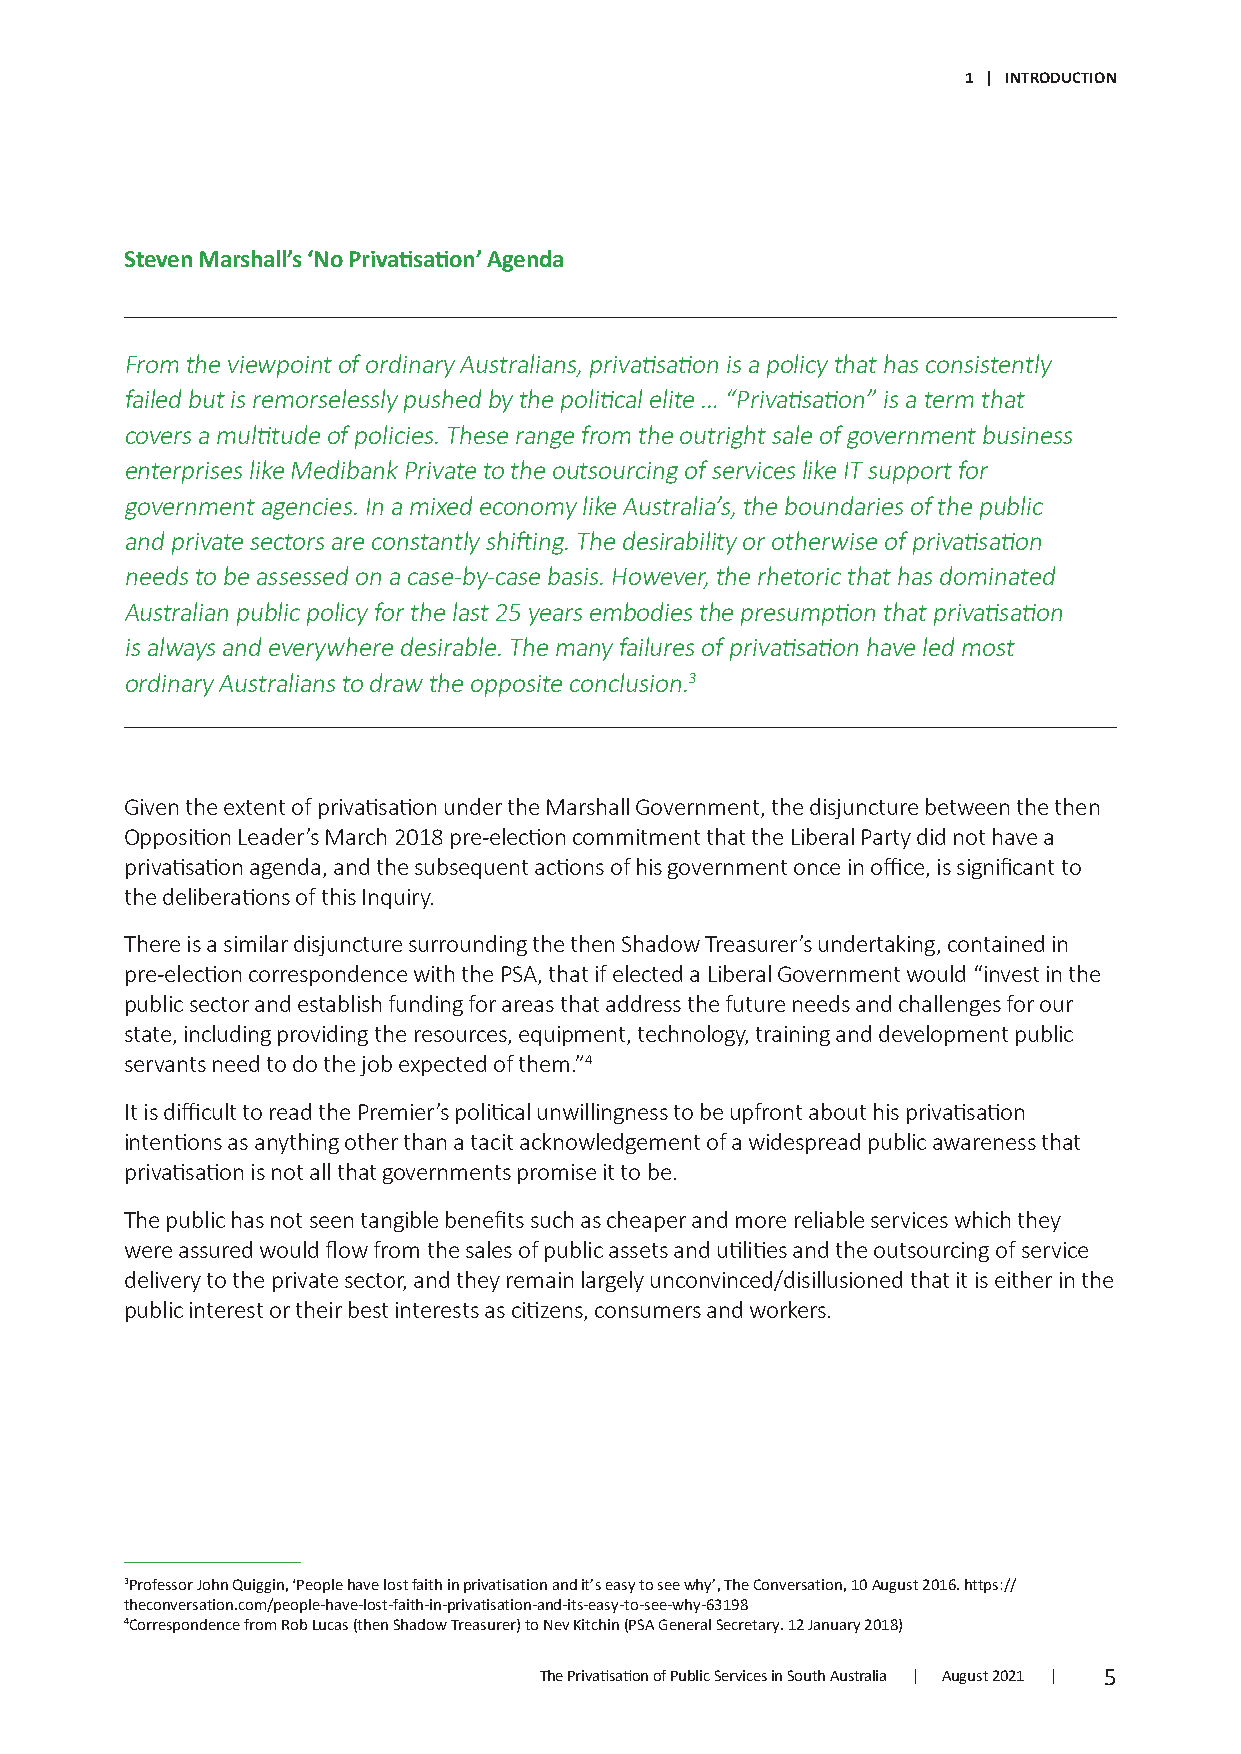
1 | INTRODUCTION
 Steven Marshall’s ‘No Privatisation’ Agenda
 From the viewpoint of ordinary Australians, privatisation is a policy that has consistently
 failed but is remorselessly pushed by the political elite … “Privatisation” is a term that
 covers a multitude of policies. These range from the outright sale of government business
 enterprises like Medibank Private to the outsourcing of services like IT support for
 government agencies. In a mixed economy like Australia’s, the boundaries of the public
 and private sectors are constantly shifting. The desirability or otherwise of privatisation
 needs to be assessed on a case-by-case basis. However, the rhetoric that has dominated
 Australian public policy for the last 25 years embodies the presumption that privatisation
 is always and everywhere desirable. The many failures of privatisation have led most
 ordinary Australians to draw the opposite conclusion.3
 Given the extent of privatisation under the Marshall Government, the disjuncture between the then
 Opposition Leader’s March 2018 pre-election commitment that the Liberal Party did not have a
 privatisation agenda, and the subsequent actions of his government once in office, is significant to
 the deliberations of this Inquiry.
 There is a similar disjuncture surrounding the then Shadow Treasurer’s undertaking, contained in
 pre-election correspondence with the PSA, that if elected a Liberal Government would “invest in the
 public sector and establish funding for areas that address the future needs and challenges for our
 state, including providing the resources, equipment, technology, training and development public
 servants need to do the job expected of them.”4
 It is difficult to read the Premier’s political unwillingness to be upfront about his privatisation
 intentions as anything other than a tacit acknowledgement of a widespread public awareness that
 privatisation is not all that governments promise it to be.
 The public has not seen tangible benefits such as cheaper and more reliable services which they
 were assured would flow from the sales of public assets and utilities and the outsourcing of service
 delivery to the private sector, and they remain largely unconvinced/disillusioned that it is either in the
 public interest or their best interests as citizens, consumers and workers.
 3Professor John Quiggin, ‘People have lost faith in privatisation and it’s easy to see why’, The Conversation, 10 August 2016. https://
 theconversation.com/people-have-lost-faith-in-privatisation-and-its-easy-to-see-why-63198
 4Correspondence from Rob Lucas (then Shadow Treasurer) to Nev Kitchin (PSA General Secretary. 12 January 2018)
 The Privatisation of Public Services in South Australia | August 2021 | 5